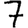
Digit: 7